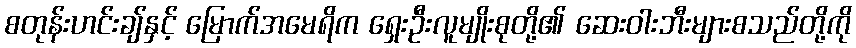
စတုန်းဟင်းချ်နှင့် မြောက်အမေရိက ရှေးဦးလူမျိုးစုတို့၏ ဆေးဝါးဘီးများစသည်တို့ကို